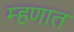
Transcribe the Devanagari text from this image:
म्हणात